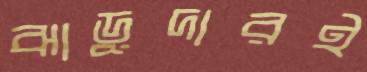
ঝাড়ুদারই